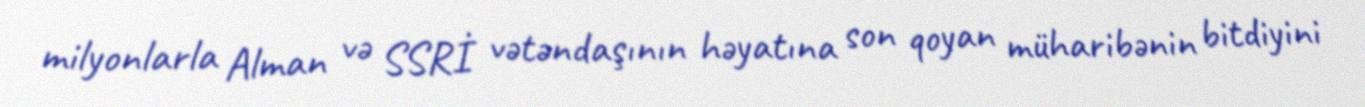
milyonlarla Alman və SSRİ vətəndaşının həyatına son qoyan müharibənin bitdiyini